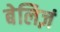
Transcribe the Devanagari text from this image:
बेलिज़ं